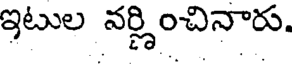
ఇటుల వర్ణించినారు.